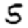
Digit: 5